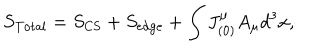
S _ { \mathrm { T o t a l } } = S _ { \mathrm { C S } } + S _ { \mathrm { e d g e } } + \int J _ { ( 0 ) } ^ { \mu } A _ { \mu } d ^ { 3 } x ,